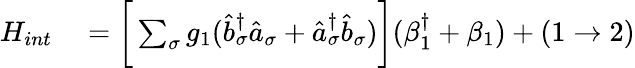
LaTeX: \begin{array}{rl}{H_{int}}&{{}=\bigg[\sum_{\sigma}g_{1}(\hat{b}_{\sigma}^{\dagger}\hat{a}_{\sigma}+\hat{a}_{\sigma}^{\dagger}\hat{b}_{\sigma})\bigg](\beta_{1}^{\dagger}+\beta_{1})+(1\rightarrow 2)}\end{array}